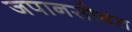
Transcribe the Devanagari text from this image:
जपानसोबत